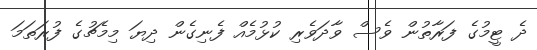
ދެ ޓީމުގެ ފަރާތުން ވެސް ވާދަވެރި ކުޅުމެއް ފެނިގެން ދިޔަ މިމެޗުގެ ފުރަތަމަ